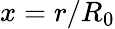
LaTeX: x=r/R_{0}